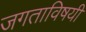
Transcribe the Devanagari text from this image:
जगताविषयी